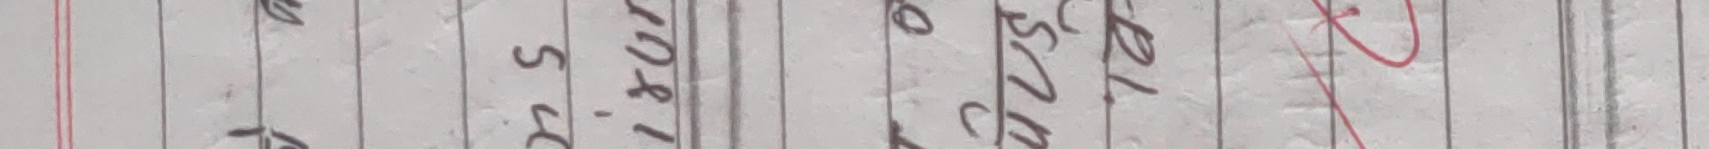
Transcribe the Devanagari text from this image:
मव सहे मरि ह० ५२८२ रि